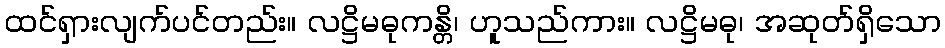
ထင်ရှားလျက်ပင်တည်း။ လဋ္ဌိမဓုကန္တိ၊ ဟူသည်ကား။ လဋ္ဌိမဓု၊ အဆုတ်ရှိသော